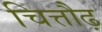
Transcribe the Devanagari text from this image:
चित्तौढ़